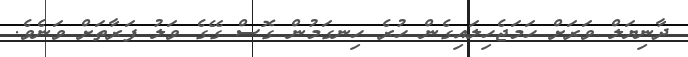
ދާނިޔަލް ވަރަށް ހަމަޖެހިލައިގެން ހުރެ ހިނގަމުން ގޮސް ގޭގެ ވަލު ފަރާތަށް ވަނެވެ.